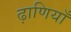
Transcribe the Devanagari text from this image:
ढ़ाणियाँ